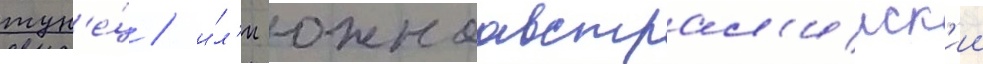
тун'е́ц / и́л'и южноавстрал'ииск'ии